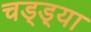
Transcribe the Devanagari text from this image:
चड्ड़्या